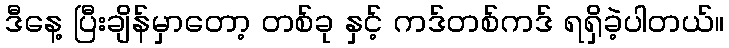
ဒီနေ့ ပြီးချိန်မှာတော့ တစ်ခု နှင့် ကဒ်တစ်ကဒ် ရရှိခဲ့ပါတယ်။